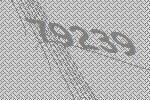
79239